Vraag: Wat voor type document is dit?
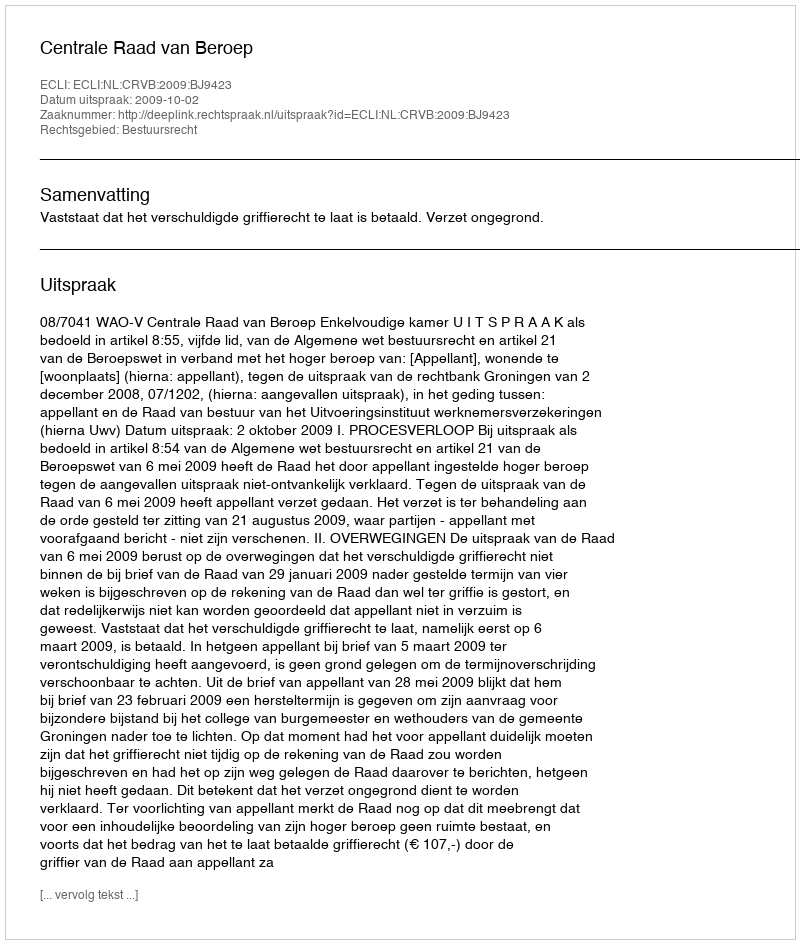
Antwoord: Uitspraak